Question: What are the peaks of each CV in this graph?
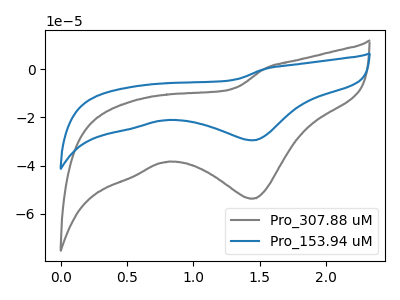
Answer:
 <answer>The gray curve "Pro_307.88 uM" has a cathodic peak at: (1.45V, -53.85uA). The blue curve "Pro_153.94 uM" has a cathodic peak at: (1.45V, -29.55uA).</answer>
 <eval></eval>